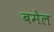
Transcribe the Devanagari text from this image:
बमेल